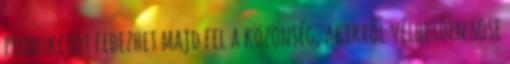
produkciót fedezhet majd fel a közönség, akikről vélhetően sose